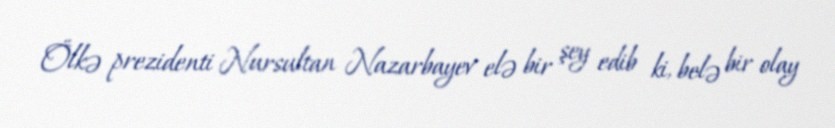
Ölkə prezidenti Nursultan Nazarbayev elə bir şey edib ki, belə bir olay